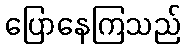
ပြောနေကြသည်